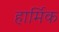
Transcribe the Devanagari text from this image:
हार्मिक